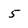
Character: 5